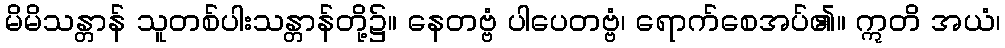
မိမိသန္တာန် သူတစ်ပါးသန္တာန်တို့၌။ နေတဗ္ဗံ ပါပေတဗ္ဗံ၊ ရောက်စေအပ်၏။ ဣတိ အယံ၊